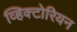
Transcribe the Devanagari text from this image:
व्हिक्टोरियन